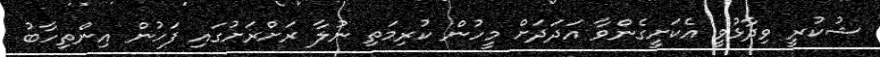
ޝުކުރީ ވިދާޅުވީ އެކަށީގެންވާ އަދަދަށް މީހުން ކުރިމަތި ނުލާ ރަށްރަށުގައި ފަހުން އިންތިހާބު